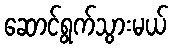
ဆောင်ရွက်သွားမယ်